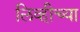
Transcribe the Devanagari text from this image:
लिव्हीच्या